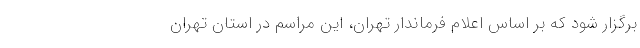
برگزار شود که بر اساس اعلام فرماندار تهران، این مراسم در استان تهران